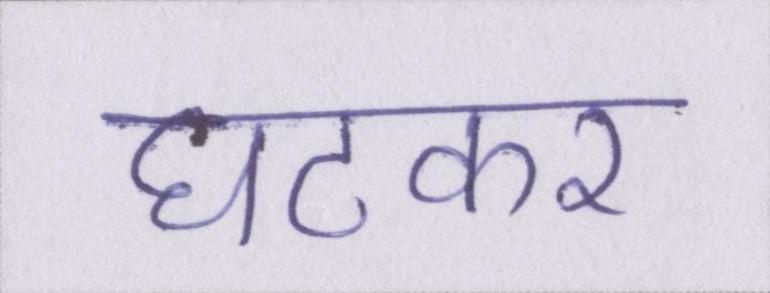
घटकर